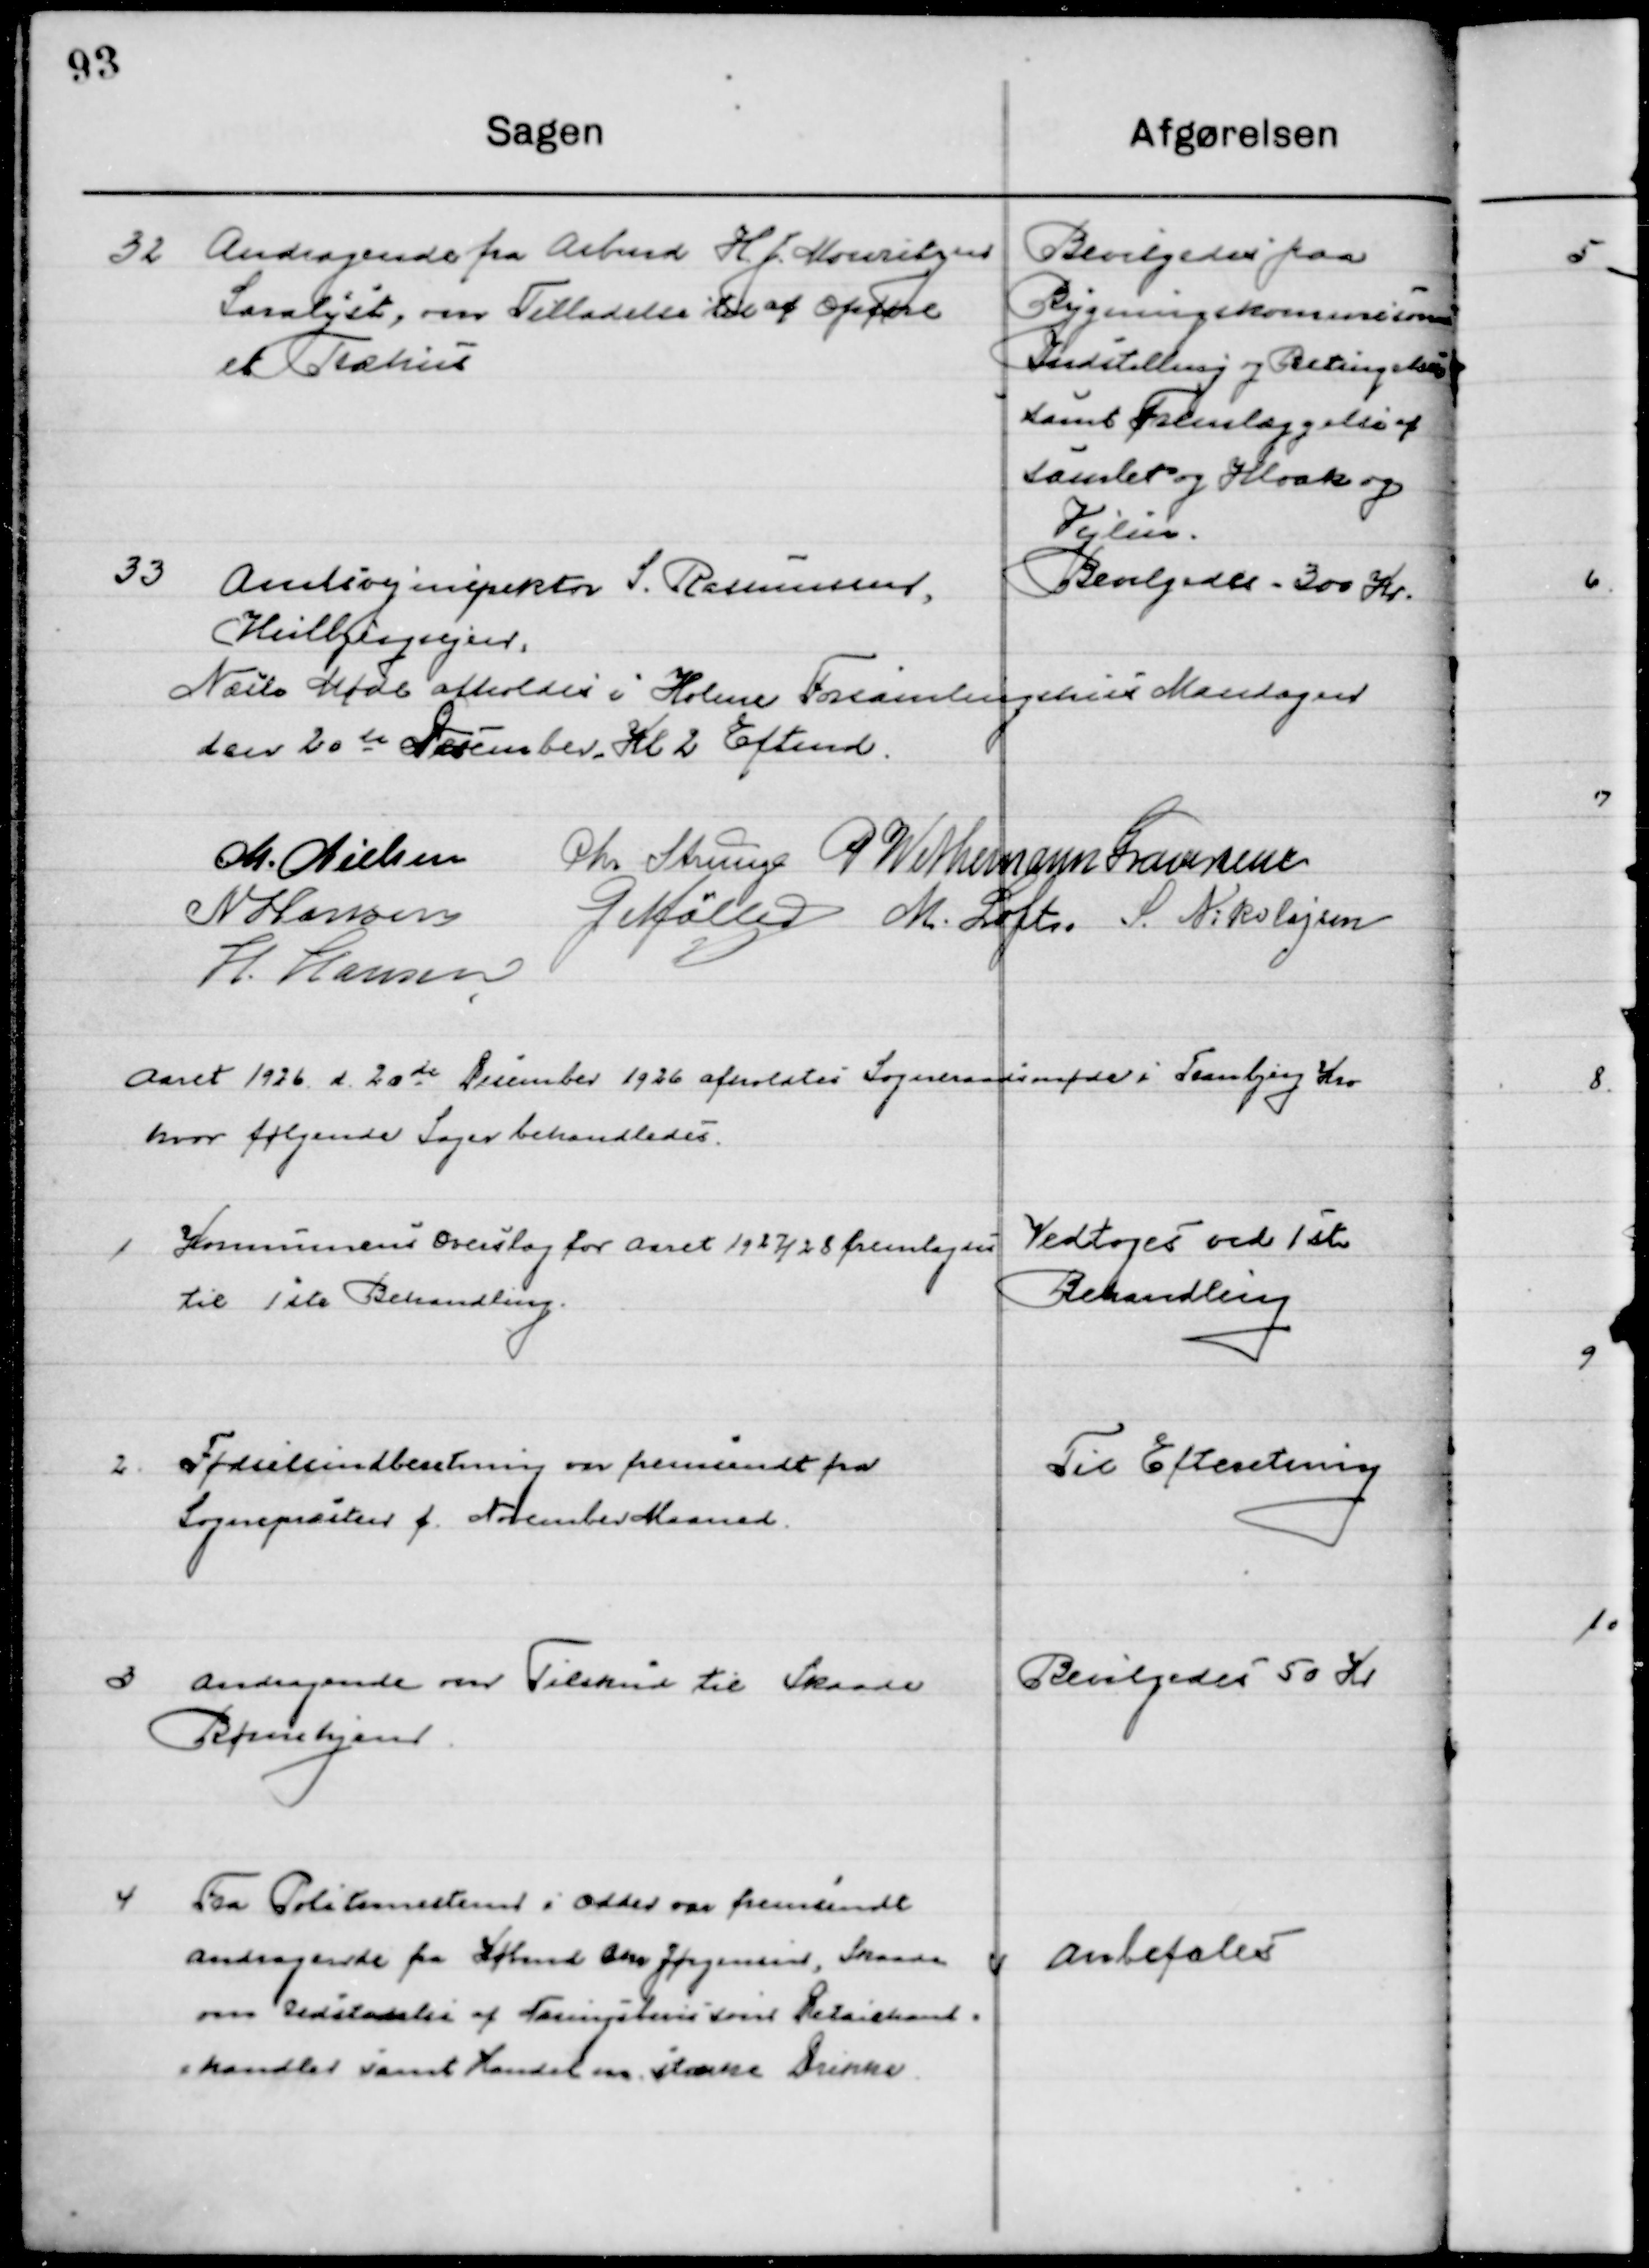
Transskription:
32

Andragende fra Arbmd. H. J. Moritsen
Saralyst, om Tilladelse til at Opføre
Et Træhus

Bevilgedes paa
Bygningskommissionens
Indstilling og Betingelser
samt Fremlæggelse af 
samlet og Kloak og 
Vejlin.

33

Amtsvejinspektør S. Rasmussen
Kildebjergvejen.

Bevilgedes 300 Kr.

Næste Møde afholdes i Holme Forsamlingshus Mandagen
den 20de December Kl. 2 Eftermd.

M. Nielsen
Chr. Strunge
P. Wethemann Graversen
N. Hansen
G. Møller
M. Loft
S. Nikolajsen
H. Hansen

Aaret 1926 d. 20de December 1926 afholdtes Sogneraadsmøde i Tranbjerg Kro
hvor følgende Sager behandledes.

1

Kommunens Overslag f. Aaret 1827/28 fremlagdes 
til 1ste Behandling.

Vedtoges ved 1ste
Behandling

2

Fødselsindberetning var fremsendt fra
Sognepræsten f. November Maaned.

Til Efterretning

3

Andragende om Tilskud til Skaade
Børnehjem.

Bevilgedes 50 Kr.

4

Fra Politimesteren i Odder var fremsendt
Andragende fra Købmd. Chr. Jørgensen, Skaade
om Udstedelse af Næringsbevis som Detailhand-
handler samt Handel med stærke Drikke.

Anbefales